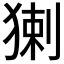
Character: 𤟰